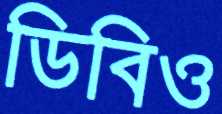
ডিবিও